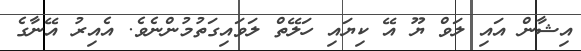
އިޝާން އައި ލަވް ޔޫ އޭ ކިޔައި ހަލޭތް ލަވައިގަތުމުންނެވެ. އެއިރު އޭނާގެ